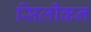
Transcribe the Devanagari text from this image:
सिलीकन